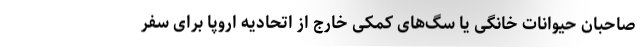
صاحبان حیوانات خانگی یا سگ‌های کمکی خارج از اتحادیه اروپا برای سفر